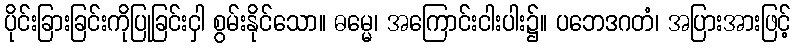
ပိုင်းခြားခြင်းကိုပြုခြင်းငှါ စွမ်းနိုင်သော။ ဓမ္မေ၊ အကြောင်းငါးပါး၌။ ပဘေဒဂတံ၊ အပြားအားဖြင့်